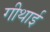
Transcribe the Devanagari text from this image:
गीथाई